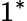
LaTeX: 1^{*}